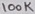
Text: 100K